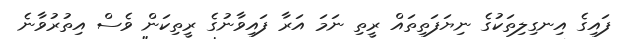
ފައިގެ އިނގިލިތަކުގެ ނިޔަފަތިތައް ރީތި ނަމަ އަރާ ފައިވާނުގެ ރީތިކަން ވެސް އިތުރުވާނެ